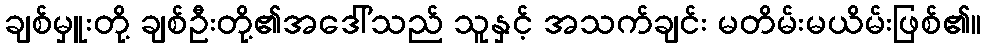
ချစ်မှူးတို့ ချစ်ဦးတို့၏အဒေါ်သည် သူနှင့် အသက်ချင်း မတိမ်းမယိမ်းဖြစ်၏။